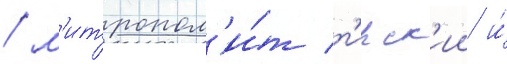
/ м'итропол'и́т т'ирск'ии и́